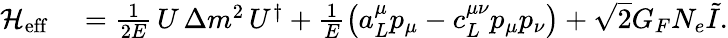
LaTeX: \begin{array}{rl}{\mathcal{H}_{\mathrm{eff}}}&{{}=\frac{1}{2E}\, U\, \Delta m^{2}\, U^{\dagger}+\frac{1}{E}\big(a_{L}^{\mu}p_{\mu}-c_{L}^{\mu\nu}p_{\mu}p_{\nu}\big)+\sqrt{2}G_{F}N_{e}\tilde{I}.}\end{array}